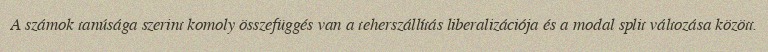
A számok tanúsága szerint komoly összefüggés van a teherszállítás liberalizációja és a modal split változása között.